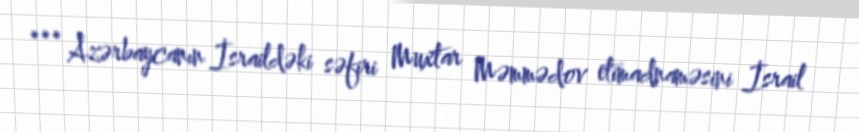
*** Azərbaycanın İsraildəki səfiri Muxtar Məmmədov etimadnaməsini İsrail